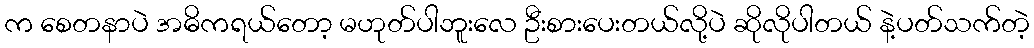
က စေတနာပဲ အဓိကရယ်တော့ မဟုတ်ပါဘူးလေ ဦးစားပေးတယ်လို့ပဲ ဆိုလိုပါတယ် နဲ့ပတ်သက်တဲ့